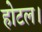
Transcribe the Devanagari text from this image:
होटल।